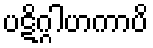
ပဋိဂ္ဂါဟကာပိ